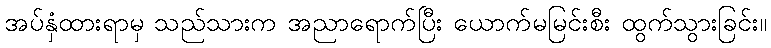
အပ်နှံထားရာမှ သည်သားက အညာရောက်ပြီး ယောက်မမြင်းစီး ထွက်သွားခြင်း။